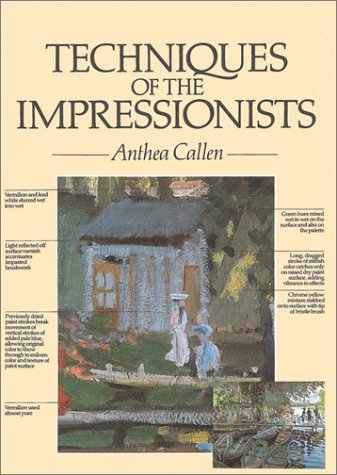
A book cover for Techniques of the Impressionists; Anthea Callen; Arts & Photography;